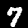
Label: 7